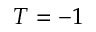
T = - 1